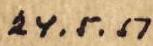
24.5.51